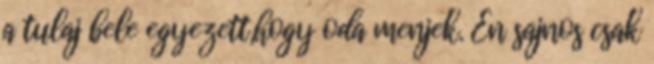
a tulaj bele egyezett,hogy oda menjek. Én sajnos csak